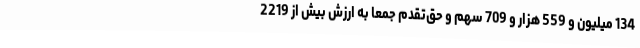
134 میلیون و 559 هزار و 709 سهم و حق‌تقدم جمعاً به ارزش بیش از 2219